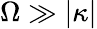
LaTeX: \Omega\gg|\kappa|